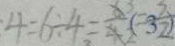
4 = 6 \div 4 = \frac { 6 } { 4 }